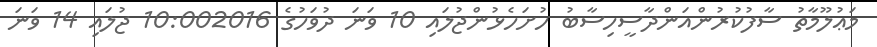
މަޢުލޫމާތު ސާފުކުރުންއަންދާސީހިސާބު ހުށަހެޅުންޖުލައި 10 ވަނަ ދުވަހުގެ 10:002016 ޖުލައި 14 ވަނަ